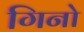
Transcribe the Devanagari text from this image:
गिनो